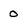
Character: 0